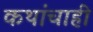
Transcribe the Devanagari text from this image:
कथांचाही